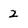
Character: 2